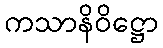
ကသာနိဝိဋ္ဌော